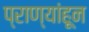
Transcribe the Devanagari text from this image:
प्राण्यांहून